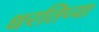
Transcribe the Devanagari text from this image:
धरतिच्या